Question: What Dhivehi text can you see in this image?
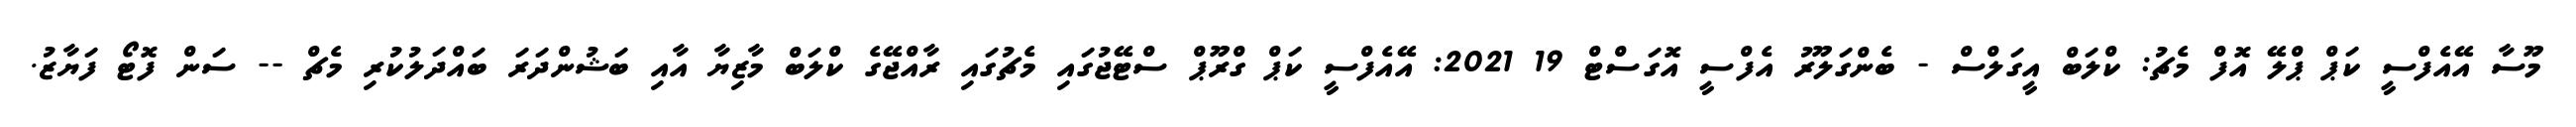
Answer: މޫސާ އޭއެފްސީ ކަޕް ޕްލޭ އޮފް މެޗު: ކްލަބް އީގަލްސް - ބެންގަލޫރު އެފްސީ އޮގަސްޓް 19 2021: އޭއެފްސީ ކަޕް ގްރޫޕް ސްޓޭޖުގައި މެޗުގައި ރާއްޖޭގެ ކްލަބް މާޒިޔާ އާއި ބަޝުންދަރަ ބައްދަލުކުރި މެޗް -- ސަން ފޮޓޯ ފަޔާޒު.